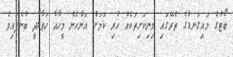
ބޯޓުގެ މައިގަނޑުގެ ތެރޭގައި މިނިކަށިތަކެއް ހުރި ކަމަށް އަންހެން މީހާއާ ހަވާލާދީ ބުނެފައިވެ